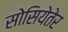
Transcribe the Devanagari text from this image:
सोसियेतेर